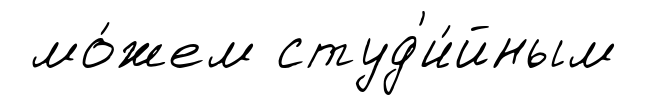
мо́жем студ'и́йным